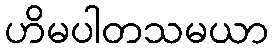
ဟိမပါတသမယာ